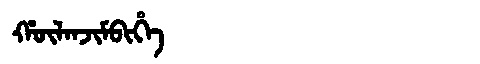
Manchu: ᡥᡡᠯᠠᠨᠵᡳᠮᠪᡳᡥᡝ
Romanization: HŪLANJIMBIHE